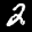
Label: 2